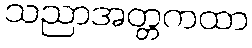
သညာအတ္တကထာ